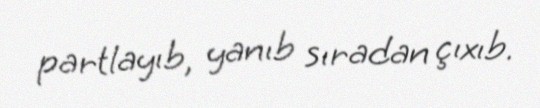
partlayıb, yanıb sıradan çıxıb.